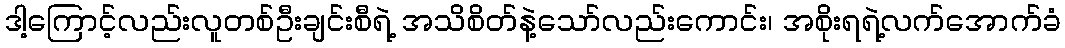
ဒါ့ကြောင့်လည်းလူတစ်ဦးချင်းစီရဲ့ အသိစိတ်နဲ့သော်လည်းကောင်း၊ အစိုးရရဲ့လက်အောက်ခံ